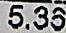
5.36